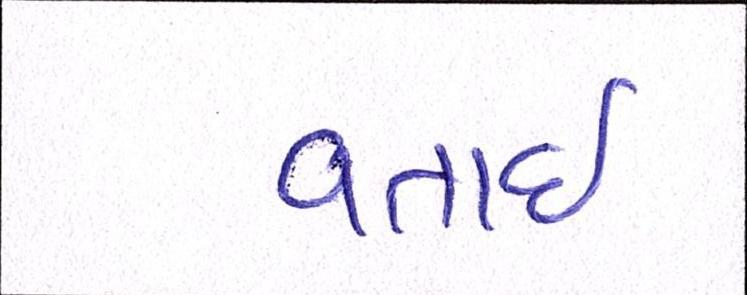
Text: વતાર્ઇ